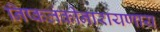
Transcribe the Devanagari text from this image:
निष्कलंकीनारायणाय